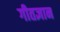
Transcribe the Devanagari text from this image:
गीतज्ञान